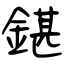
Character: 鍖